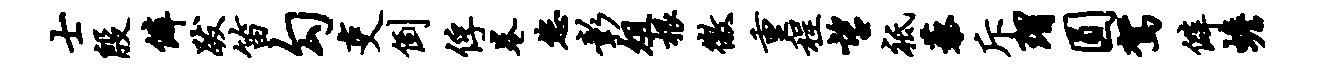
士殷僻跋笛勾吏倒俘卷您彰俎根徼重程望祗藜斥瑁圆驾僻蟾